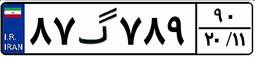
۸۷گ۷۸۹۹۰